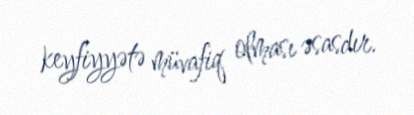
keyfiyyətə müvafiq olması əsasdır.